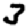
Digit: 3